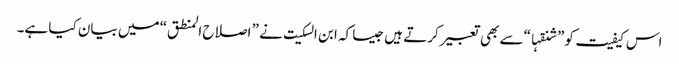
اس کیفیت کو” شنقہا“سے بھی تعبیر کرتے ہیں جیسا کہ ابن السکیت نے ” اصلاح المنطق“ میں بیان کیا ہے۔